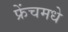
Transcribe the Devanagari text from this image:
फ्रेंचमधे